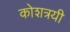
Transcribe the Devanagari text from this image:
कोशत्रयी